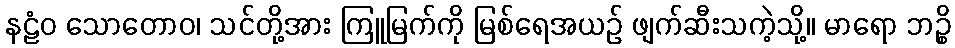
နဠံဝ သောတောဝ၊ သင်တို့အား ကြူမြက်ကို မြစ်ရေအယဉ် ဖျက်ဆီးသကဲ့သို့။ မာရော ဘဉ္စိ